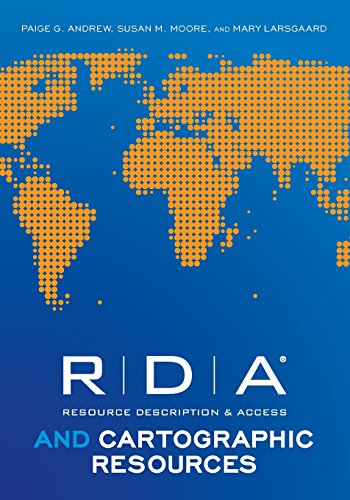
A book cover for RDA and Cartographic Resources; Paige G. Andrew; Science & Math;